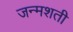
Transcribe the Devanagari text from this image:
जन्‍मशती